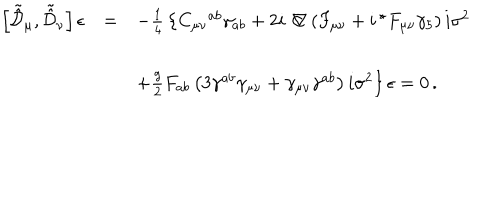
LaTeX: \begin{array} { r c l } { { \left[ \tilde { \hat { \cal D } } _ { \mu } , \tilde { \hat { \cal D } } _ { \nu } \right] \epsilon } } & { { = } } & { { - { \textstyle \frac { 1 } { 4 } } \left\{ C _ { \mu \nu } { } ^ { a b } \gamma _ { a b } + 2 i \not \! \nabla \left( F _ { \mu \nu } + i \, { } ^ { \star } F _ { \mu \nu } \gamma _ { 5 } \right) i \sigma ^ { 2 } \right. } } \\ { { } } & { { } } & { { } } \\ { { } } & { { } } & { { \left. + { \textstyle \frac { g } { 2 } } F _ { a b } \left( 3 \gamma ^ { a b } \gamma _ { \mu \nu } + \gamma _ { \mu \nu } \gamma ^ { a b } \right) i \sigma ^ { 2 } \right\} \epsilon = 0 \, . } } \\ \end{array}